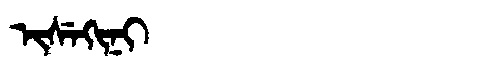
Manchu: ᡳᠰᡝᡴᡳᠨᡳ
Romanization: ISEKINI